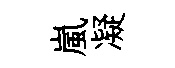
嵐凝